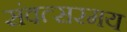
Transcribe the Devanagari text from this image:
संवत्सरमय